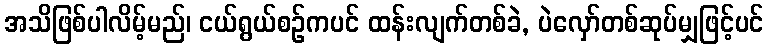
အသိဖြစ်ပါလိမ့်မည်၊ ငယ်ရွယ်စဉ်ကပင် ထန်းလျက်တစ်ခဲ, ပဲလှော်တစ်ဆုပ်မျှဖြင့်ပင်